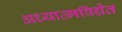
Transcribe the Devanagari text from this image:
अध्यात्मविद्येत